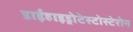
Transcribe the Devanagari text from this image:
डाईहाइड्रोटेस्टोस्टेरोन